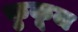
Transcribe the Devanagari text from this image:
कुकूज